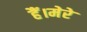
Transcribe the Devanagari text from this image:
हैं।मेरे